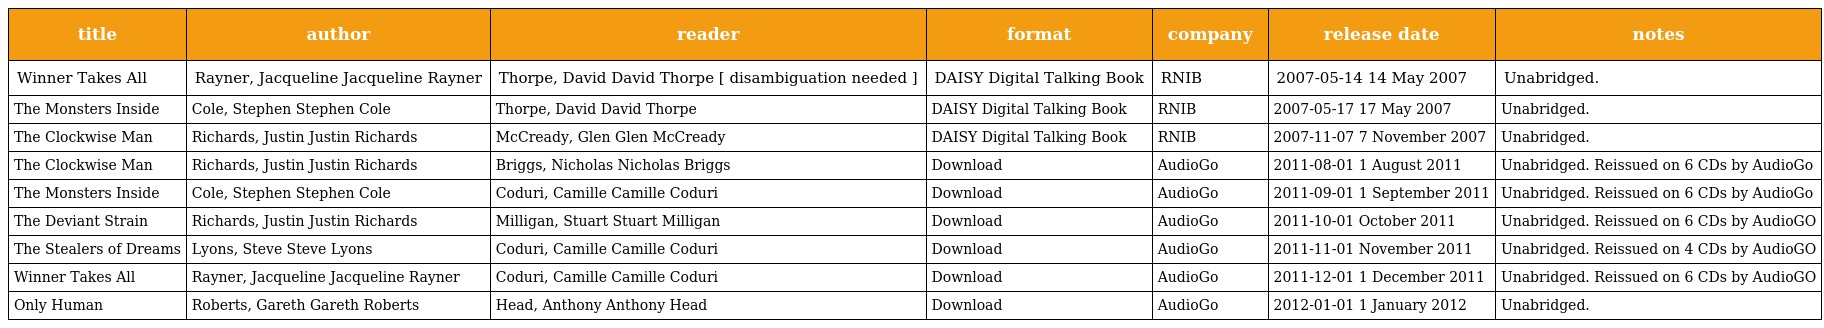
| title | author | reader | format | company | release date | notes |
 | --- | --- | --- | --- | --- | --- | --- |
 | Winner Takes All | Rayner, Jacqueline Jacqueline Rayner | Thorpe, David David Thorpe [ disambiguation needed ] | DAISY Digital Talking Book | RNIB | 2007-05-14 14 May 2007 | Unabridged. |
 | The Monsters Inside | Cole, Stephen Stephen Cole | Thorpe, David David Thorpe | DAISY Digital Talking Book | RNIB | 2007-05-17 17 May 2007 | Unabridged. |
 | The Clockwise Man | Richards, Justin Justin Richards | McCready, Glen Glen McCready | DAISY Digital Talking Book | RNIB | 2007-11-07 7 November 2007 | Unabridged. |
 | The Clockwise Man | Richards, Justin Justin Richards | Briggs, Nicholas Nicholas Briggs | Download | AudioGo | 2011-08-01 1 August 2011 | Unabridged. Reissued on 6 CDs by AudioGo |
 | The Monsters Inside | Cole, Stephen Stephen Cole | Coduri, Camille Camille Coduri | Download | AudioGo | 2011-09-01 1 September 2011 | Unabridged. Reissued on 6 CDs by AudioGo |
 | The Deviant Strain | Richards, Justin Justin Richards | Milligan, Stuart Stuart Milligan | Download | AudioGo | 2011-10-01 October 2011 | Unabridged. Reissued on 6 CDs by AudioGO |
 | The Stealers of Dreams | Lyons, Steve Steve Lyons | Coduri, Camille Camille Coduri | Download | AudioGo | 2011-11-01 November 2011 | Unabridged. Reissued on 4 CDs by AudioGO |
 | Winner Takes All | Rayner, Jacqueline Jacqueline Rayner | Coduri, Camille Camille Coduri | Download | AudioGo | 2011-12-01 1 December 2011 | Unabridged. Reissued on 6 CDs by AudioGO |
 | Only Human | Roberts, Gareth Gareth Roberts | Head, Anthony Anthony Head | Download | AudioGo | 2012-01-01 1 January 2012 | Unabridged. |